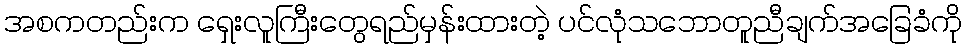
အစကတည်းက ရှေးလူကြီးတွေရည်မှန်းထားတဲ့ ပင်လုံသဘောတူညီချက်အခြေခံကို